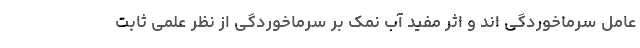
عامل سرماخوردگی اند و اثر مفید آب نمک بر سرماخوردگی از نظر علمی ثابت